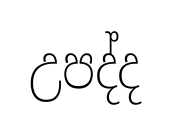
උපද්ද